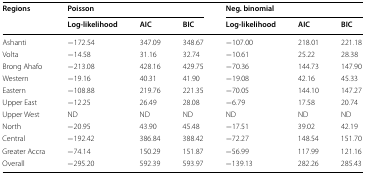
| <ROWSPAN=2> Regions | <COLSPAN=3> Poisson | <COLSPAN=3> Neg. binomial |
 | Log-likelihood | AIC | BIC | Log-likelihood | AIC | BIC |
 | --- | --- | --- | --- | --- | --- | --- |
 | Ashanti | −172.54 | 347.09 | 348.67 | −107.00 | 218.01 | 221.18 |
 | Volta | −14.58 | 31.16 | 32.74 | −10.61 | 25.22 | 28.38 |
 | Brong Ahafo | −213.08 | 428.16 | 429.75 | −70.36 | 144.73 | 147.90 |
 | Western | −19.16 | 40.31 | 41.90 | −19.08 | 42.16 | 45.33 |
 | Eastern | −108.88 | 219.76 | 221.35 | −70.05 | 144.10 | 147.27 |
 | Upper East | −12.25 | 26.49 | 28.08 | −6.79 | 17.58 | 20.74 |
 | Upper West | ND | ND | ND | ND | ND | ND |
 | North | −20.95 | 43.90 | 45.48 | −17.51 | 39.02 | 42.19 |
 | Central | −192.42 | 386.84 | 388.42 | −72.27 | 148.54 | 151.70 |
 | Greater Accra | −74.14 | 150.29 | 151.87 | −56.99 | 117.99 | 121.16 |
 | Overall | −295.20 | 592.39 | 593.97 | −139.13 | 282.26 | 285.43 |